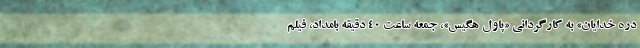
دره خدایان» به کارگردانی «پاول هگیس»، جمعه ساعت ۴۰ دقیقه بامداد، فیلم